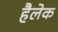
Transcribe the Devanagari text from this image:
हैलेक